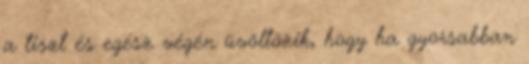
a tiszt és egész végén üvöltözik, hogy ha gyorsabban